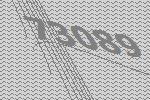
73089